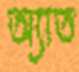
অ্যাত